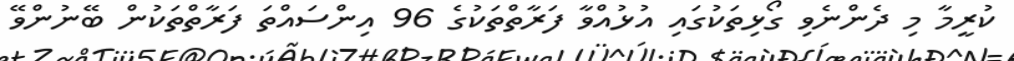
ކުރީމާ މި ދެންނެވި ގޯޅިތަކުގައި އުޅުއްވާ ފަރާތްތަކުގެ 96 އިންސައްތަ ފަރާތްތަކުން ބޭނުންވޭ